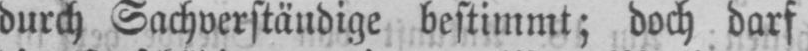
durch Sachverständige bestimmt; doch darf